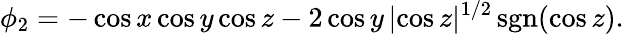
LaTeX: \phi_{2}=-\cos x\cos y\cos z-2\cos y\, |\! \cos z|^{1/2}\, \mathrm{sgn}(\cos z).